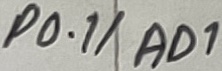
Text: P0.1/AD1